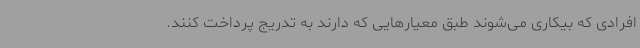
افرادی که بیکاری می‌شوند طبق معیارهایی که دارند به تدریج پرداخت کنند.